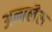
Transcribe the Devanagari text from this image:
अनालैस